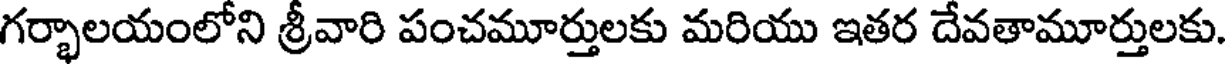
గర్భాలయంలోని శ్రీవారి పంచమూర్తులకు మరియు ఇతర దేవతామూర్తులకు.